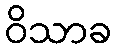
ဝိသာခ